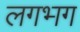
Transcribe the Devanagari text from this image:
लगभ्‍ाग